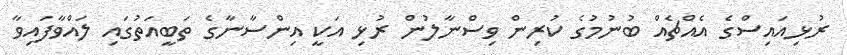
ރުޅިއައިސްގެ އެއްޗެއް ބުނުމުގެ ކުރިން ވިސްނާލުން ރުޅި އަކީ އިންސާނާގެ ތަބީއަތުގައި ލައްވާފައިވާ